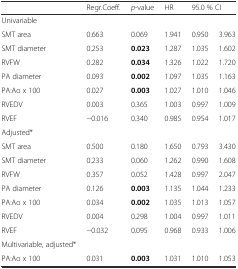
<table><thead><tr><td></td><td><b>Regr.Coeff.</b></td><td><b><i>p</i>-value</b></td><td><b>HR</b></td><td colspan="2"><b>95.0 % CI</b></td></tr></thead><tbody><tr><td>Univariable</td><td></td><td></td><td></td><td></td><td></td></tr><tr><td>SMT area</td><td>0.663</td><td>0.069</td><td>1.941</td><td>0.950</td><td>3.963</td></tr><tr><td>SMT diameter</td><td>0.253</td><td><b>0.023</b></td><td>1.287</td><td>1.035</td><td>1.602</td></tr><tr><td>RVFW</td><td>0.282</td><td><b>0.034</b></td><td>1.326</td><td>1.022</td><td>1.720</td></tr><tr><td>PA diameter</td><td>0.093</td><td><b>0.002</b></td><td>1.097</td><td>1.035</td><td>1.163</td></tr><tr><td>PA:Ao x 100</td><td>0.027</td><td><b>0.003</b></td><td>1.027</td><td>1.010</td><td>1.046</td></tr><tr><td>RVEDV</td><td>0.003</td><td>0.365</td><td>1.003</td><td>0.997</td><td>1.009</td></tr><tr><td>RVEF</td><td>−0.016</td><td>0.340</td><td>0.985</td><td>0.954</td><td>1.017</td></tr><tr><td>Adjusted*</td><td></td><td></td><td></td><td></td><td></td></tr><tr><td>SMT area</td><td>0.500</td><td>0.180</td><td>1.650</td><td>0.793</td><td>3.430</td></tr><tr><td>SMT diameter</td><td>0.233</td><td>0.060</td><td>1.262</td><td>0.990</td><td>1.608</td></tr><tr><td>RVFW</td><td>0.357</td><td>0.052</td><td>1.428</td><td>0.997</td><td>2.047</td></tr><tr><td>PA diameter</td><td>0.126</td><td><b>0.003</b></td><td>1.135</td><td>1.044</td><td>1.233</td></tr><tr><td>PA:Ao x 100</td><td>0.034</td><td><b>0.002</b></td><td>1.035</td><td>1.013</td><td>1.057</td></tr><tr><td>RVEDV</td><td>0.004</td><td>0.298</td><td>1.004</td><td>0.997</td><td>1.011</td></tr><tr><td>RVEF</td><td>−0.032</td><td>0.095</td><td>0.968</td><td>0.933</td><td>1.006</td></tr><tr><td>Multivariable, adjusted*</td><td></td><td></td><td></td><td></td><td></td></tr><tr><td>PA:Ao x 100</td><td>0.031</td><td><b>0.003</b></td><td>1.031</td><td>1.010</td><td>1.053</td></tr></tbody></table>